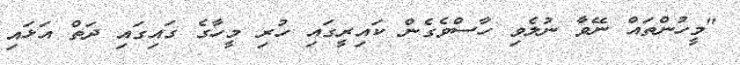
"މީހުންތައް ނޭވާ ނުލެވި ހާސްވެގެން ކައިރީގައި ހުރި މީހާގެ ގައިގައި ދަތް އަޅައި